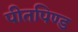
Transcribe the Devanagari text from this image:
पीतपिण्ड